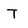
Character: T